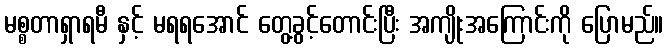
မစ္စတာရှာရမီ နှင့် မရရအောင် တွေ့ခွင့်တောင်းပြီး အကျိုးအကြောင်းကို ပြောမည်။